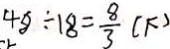
4 8 \div 1 8 = \frac { 8 } { 3 } ( F )